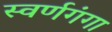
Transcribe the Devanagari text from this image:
स्वर्णगंगा